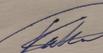
Signature authenticity: genuine